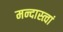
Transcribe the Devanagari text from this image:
मन्दास्त्वां